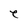
Character: e